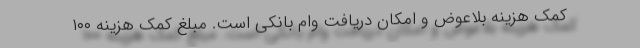
کمک هزینه بلاعوض و امکان دریافت وام بانکی است. مبلغ کمک هزینه ۱۰۰